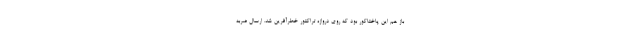
باز هم این پاختاکور بود که روی دروازه تراکتور خطرآفرین شد. ارسال ضربه